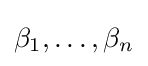
\beta _{1},\ldots ,\beta _{n}